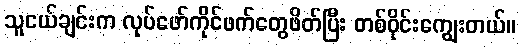
သူငယ်ချင်းက လုပ်ဖော်ကိုင်ဖက်တွေဖိတ်ပြီး တစ်ဝိုင်းကျွေးတယ်။